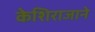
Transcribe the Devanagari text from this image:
केशिराजाने